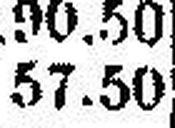
57.50